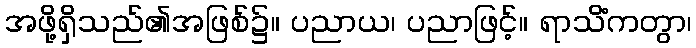
အဖို့ရှိသည်၏အဖြစ်၌။ ပညာယ၊ ပညာဖြင့်။ ရာသိံကတွာ၊